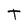
Character: T